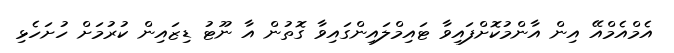
އެމްއެމްއޭ އިން އާންމުކޮށްފައިވާ ޓައިމްލައިންގައިވާ ގޮތުން އާ ނޫޓު ޑިޒައިން ކުރުމަށް ހުށަހެޅި